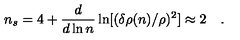
n _ { s } = 4 + \frac { d } { d \ln n } \ln [ ( \delta \rho ( n ) / \rho ) ^ { 2 } ] \approx 2 \quad .